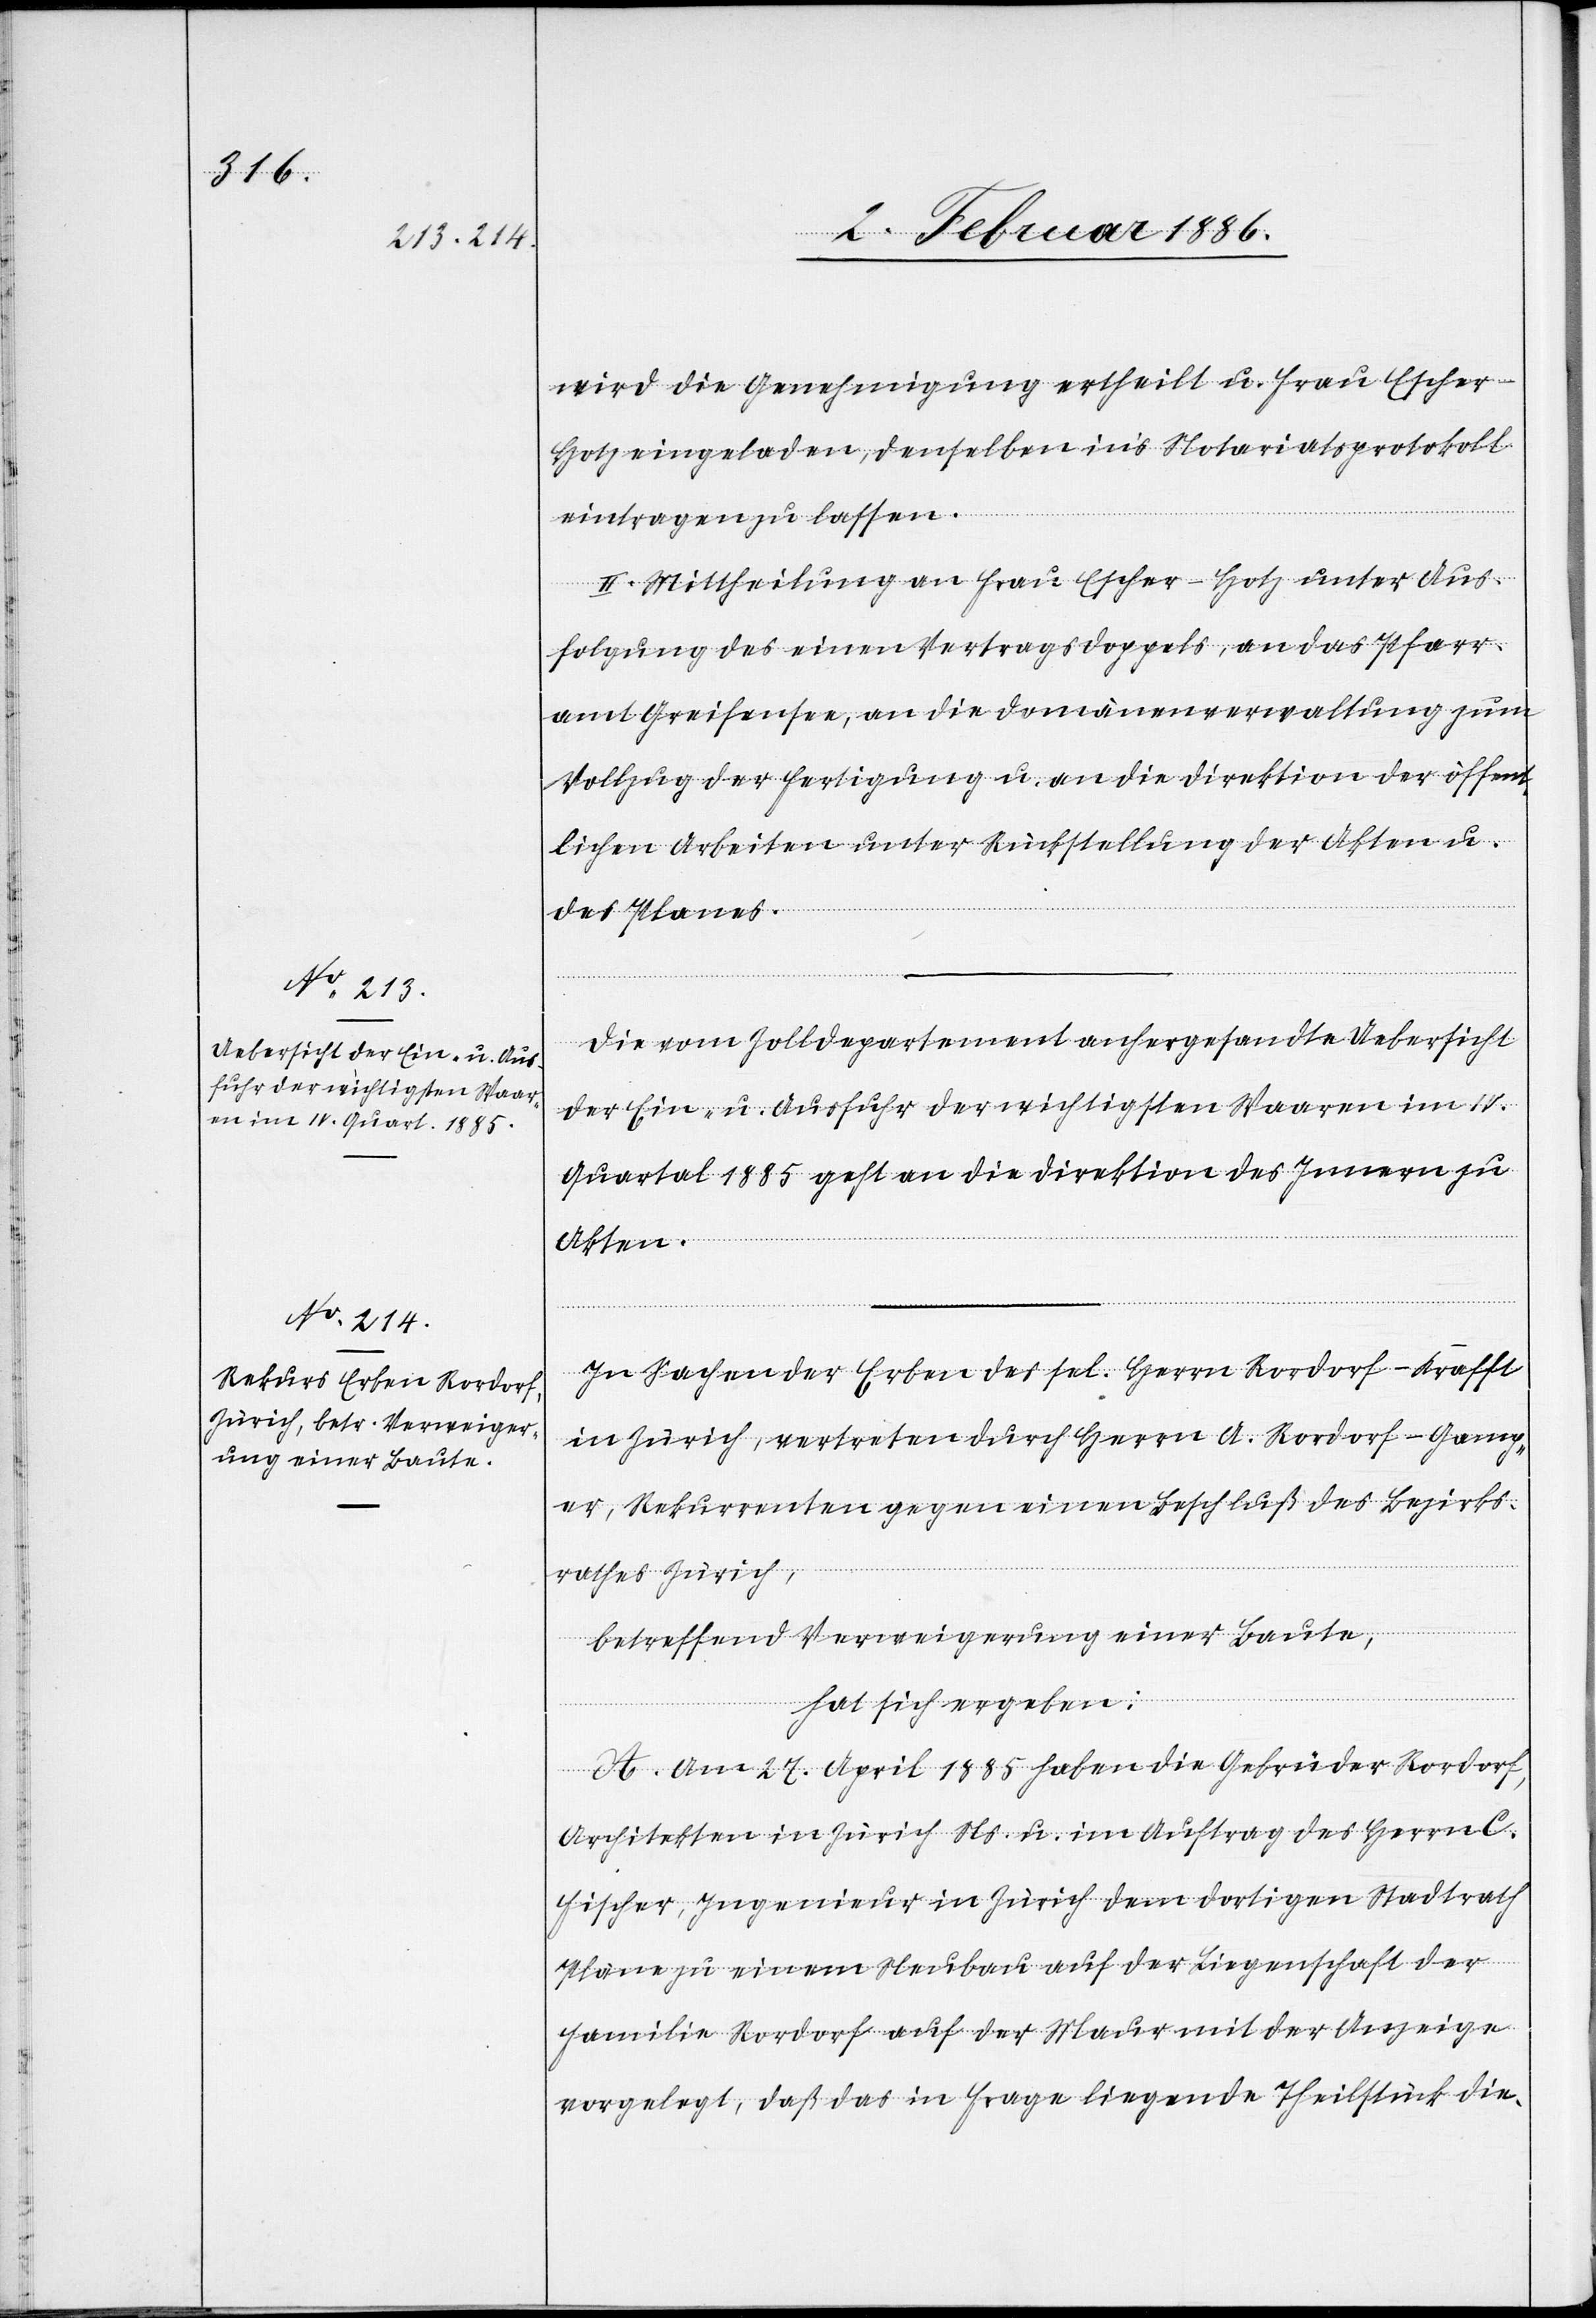
wird die Genehmigung ertheilt u. Frau Escher-H¬
otz eingeladen, denselben in’s Notariatsprotokoll
eintragen zu lassen.
II. Mittheilung an Frau Escher-Hotz unter Aus¬
folgung des einen Vertragsdoppels, an das Pfarr¬
amt Greifensee, an die Domänenverwaltung zum
Vollzug der Fertigung u. an die Direktion der öffent¬
lichen Arbeiten unter Rückstellung der Akten u.
des Planes.
Die vom Zolldepartement anhergesandte Uebersicht
der Ein- u. Ausfuhr der wichtigsten Waaren im IV.
Quartal 1885 geht an die Direktion des Innern zu
Akten.
In Sachen der Erben des sel. Herrn Rordorf-Krafft
in Zürich, vertreten durch Herrn A. Rordorf-Gamp¬
er, Rekurrenten gegen einen Beschluß des Bezirks¬
rathes Zürich,
betreffend Verweigerung einer Baute,
hat sich ergeben:
A. Am 27. April 1885 haben die Gebrüder Rordorf,
Architekten in Zürich Ns. u. im Auftrag des Herrn C.
Fischer, Ingenieur in Zürich dem dortigen Stadtrath
Pläne zu einem Neubau auf der Liegenschaft der
Familie Rordorf auf der Maur mit der Anzeige
vorgelegt, daß das in Frage liegende Theilstück die-